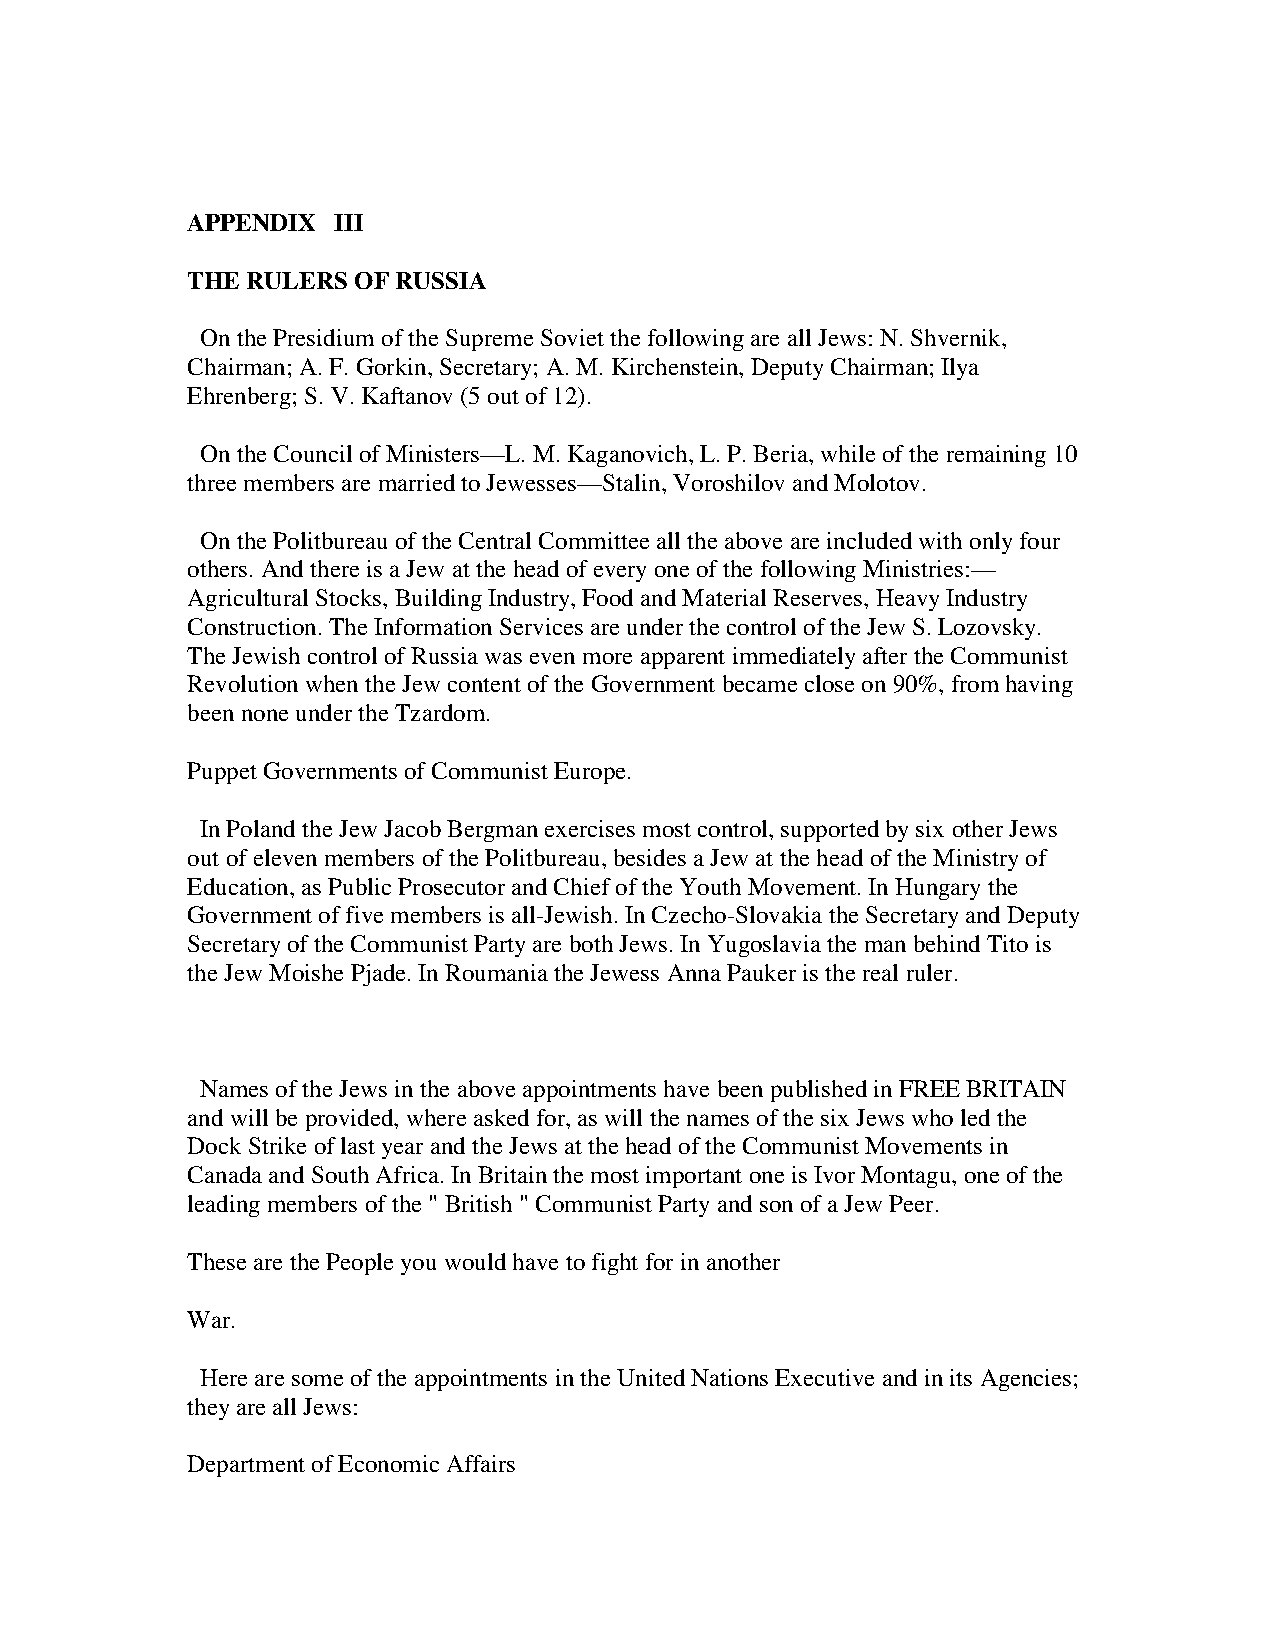
APPENDIX  III
 THE RULERS OF RUSSIA
 On the Presidium of the Supreme Soviet the following are all Jews: N. Shvernik,
 Chairman; A. F. Gorkin, Secretary; A. M. Kirchenstein, Deputy Chairman; Ilya
 Ehrenberg; S. V. Kaftanov (5 out of 12).
 On the Council of Ministers—L. M. Kaganovich, L. P. Beria, while of the remaining 10
 three members are married to Jewesses—Stalin, Voroshilov and Molotov.
 On the Politbureau of the Central Committee all the above are included with only four
 others. And there is a Jew at the head of every one of the following Ministries:—
 Agricultural Stocks, Building Industry, Food and Material Reserves, Heavy Industry
 Construction. The Information Services are under the control of the Jew S. Lozovsky.
 The Jewish control of Russia was even more apparent immediately after the Communist
 Revolution when the Jew content of the Government became close on 90%, from having
 been none under the Tzardom.
 Puppet Governments of Communist Europe.
 In Poland the Jew Jacob Bergman exercises most control, supported by six other Jews
 out of eleven members of the Politbureau, besides a Jew at the head of the Ministry of
 Education, as Public Prosecutor and Chief of the Youth Movement. In Hungary the
 Government of five members is all-Jewish. In Czecho-Slovakia the Secretary and Deputy
 Secretary of the Communist Party are both Jews. In Yugoslavia the man behind Tito is
 the Jew Moishe Pjade. In Roumania the Jewess Anna Pauker is the real ruler.
 Names of the Jews in the above appointments have been published in FREE BRITAIN
 and will be provided, where asked for, as will the names of the six Jews who led the
 Dock Strike of last year and the Jews at the head of the Communist Movements in
 Canada and South Africa. In Britain the most important one is Ivor Montagu, one of the
 leading members of the " British " Communist Party and son of a Jew Peer.
 These are the People you would have to fight for in another
 War.
 Here are some of the appointments in the United Nations Executive and in its Agencies;
 they are all Jews:
 Department of Economic Affairs